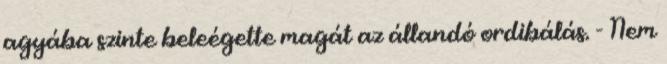
agyába szinte beleégette magát az állandó ordibálás. - Nem